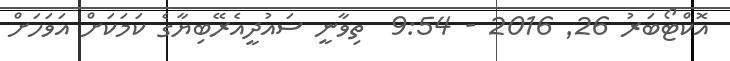
އޮކްޓޯބަރު 26